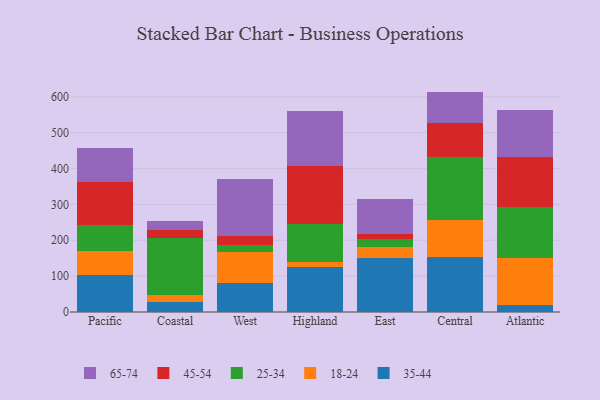
{"axis": {"x": "Region", "y": "Churn Rate (%)"}, "legend": ["18-24", "25-34", "35-44", "45-54", "65-74"], "data": [{"x": "Pacific", "y": 103.3, "type": "35-44"}, {"x": "Pacific", "y": 66.2, "type": "18-24"}, {"x": "Pacific", "y": 71.8, "type": "25-34"}, {"x": "Pacific", "y": 121.8, "type": "45-54"}, {"x": "Pacific", "y": 93.4, "type": "65-74"}, {"x": "Coastal", "y": 28.6, "type": "35-44"}, {"x": "Coastal", "y": 18.7, "type": "18-24"}, {"x": "Coastal", "y": 158.4, "type": "25-34"}, {"x": "Coastal", "y": 22.4, "type": "45-54"}, {"x": "Coastal", "y": 24.8, "type": "65-74"}, {"x": "West", "y": 80.9, "type": "35-44"}, {"x": "West", "y": 85.3, "type": "18-24"}, {"x": "West", "y": 20.7, "type": "25-34"}, {"x": "West", "y": 24.7, "type": "45-54"}, {"x": "West", "y": 158.1, "type": "65-74"}, {"x": "Highland", "y": 126.1, "type": "35-44"}, {"x": "Highland", "y": 12.9, "type": "18-24"}, {"x": "Highland", "y": 107.4, "type": "25-34"}, {"x": "Highland", "y": 161.2, "type": "45-54"}, {"x": "Highland", "y": 152.4, "type": "65-74"}, {"x": "East", "y": 151.0, "type": "35-44"}, {"x": "East", "y": 31.6, "type": "18-24"}, {"x": "East", "y": 21.4, "type": "25-34"}, {"x": "East", "y": 13.5, "type": "45-54"}, {"x": "East", "y": 98.1, "type": "65-74"}, {"x": "Central", "y": 152.3, "type": "35-44"}, {"x": "Central", "y": 105.4, "type": "18-24"}, {"x": "Central", "y": 173.4, "type": "25-34"}, {"x": "Central", "y": 95.0, "type": "45-54"}, {"x": "Central", "y": 88.4, "type": "65-74"}, {"x": "Atlantic", "y": 19.0, "type": "35-44"}, {"x": "Atlantic", "y": 132.6, "type": "18-24"}, {"x": "Atlantic", "y": 141.2, "type": "25-34"}, {"x": "Atlantic", "y": 139.7, "type": "45-54"}, {"x": "Atlantic", "y": 130.0, "type": "65-74"}]}